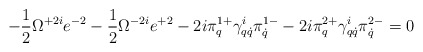
\begin{align*}-\frac12\Omega^{+2i}e^{-2}-\frac12\Omega^{-2i}e^{+2}-2i\pi^{1+}_q\gamma^i_{q\dot q}\pi^{1-}_{\dot q}-2i\pi^{2+}_q\gamma^i_{q\dot q}\pi^{2-}_{\dot q}=0\end{align*}